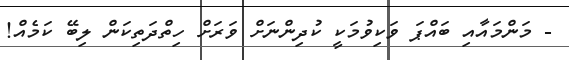
- މަންމައާއި ބައްޕަ ވަކިވުމަކީ ކުދިންނަށް ވަރަށް ހިތްދަތިކަން ލިބޭ ކަމެއް!